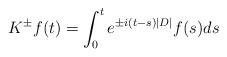
LaTeX: \begin{align*}K^\pm f(t) = \int_{0}^t e^{\pm i(t-s)|D|} f(s) ds\end{align*}